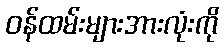
ဝန်ထမ်းများအားလုံးကို